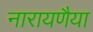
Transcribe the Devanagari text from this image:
नारायणैया